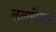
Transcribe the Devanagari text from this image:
लखमीदास